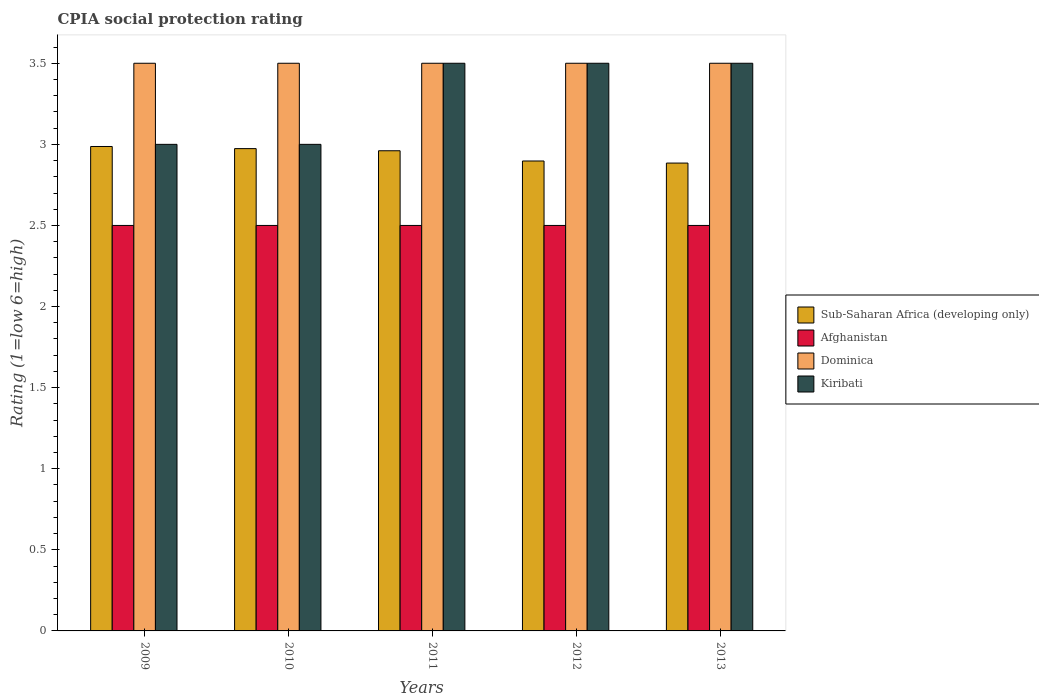
| Years | Sub-Saharan Africa (developing only) | Afghanistan | Dominica | Kiribati |
 | --- | --- | --- | --- | --- |
 | 2009 | 2.99 | 2.5 | 3.5 | 3 |
 | 2010 | 2.97 | 2.5 | 3.5 | 3 |
 | 2011 | 2.96 | 2.5 | 3.5 | 3.5 |
 | 2012 | 2.9 | 2.5 | 3.5 | 3.5 |
 | 2013 | 2.88 | 2.5 | 3.5 | 3.5 |